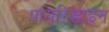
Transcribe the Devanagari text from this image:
पायरिडाइन